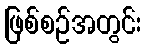
ဖြစ်စဉ်အတွင်း